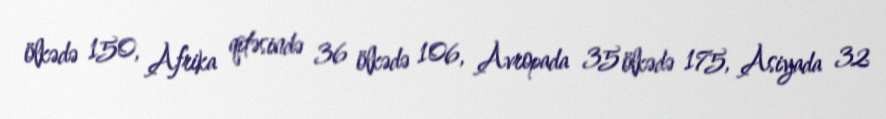
ölkədə 150, Afrika qitəsində 36 ölkədə 106, Avropada 35 ölkədə 175, Asiyada 32